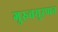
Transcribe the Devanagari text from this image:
गुरुवयुरप्पन